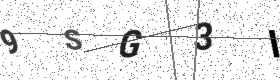
Text: 9SG3I